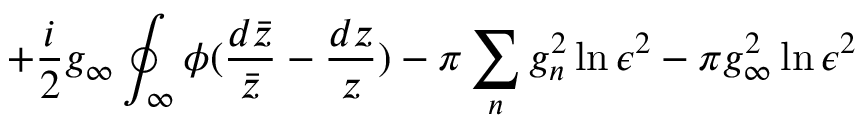
+ \frac { i } { 2 } g _ { \infty } \oint _ { \infty } \phi ( \frac { d \bar { z } } { \bar { z } } - \frac { d z } { z } ) - \pi \sum _ { n } g _ { n } ^ { 2 } \ln \epsilon ^ { 2 } - \pi g _ { \infty } ^ { 2 } \ln \epsilon ^ { 2 }